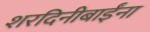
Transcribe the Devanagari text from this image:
शरदिनीबाईंना